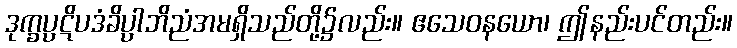
ဒုက္ခပ္ပဋိပဒံခိပ္ပါဘိညံအမရှိသည်တို့၌လည်း။ ဧသေဝနယော၊ ဤနည်းပင်တည်း။